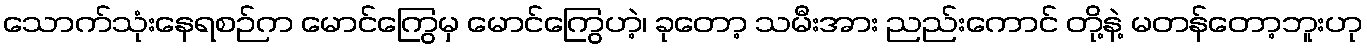
သောက်သုံးနေရစဉ်က မောင်ကြွေမှ မောင်ကြွေဟဲ့၊ ခုတော့ သမီးအား ညည်းကောင် တို့နဲ့ မတန်တော့ဘူးဟု